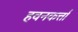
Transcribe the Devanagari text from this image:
हवनकर्त्ता